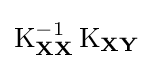
\operatorname {K} _{\mathbf {XX} }^{-1}\operatorname {K} _{\mathbf {XY} }